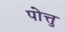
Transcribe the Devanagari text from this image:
पोत्तु